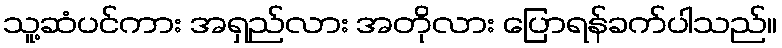
သူ့ဆံပင်ကား အရှည်လား အတိုလား ပြောရန်ခက်ပါသည်။